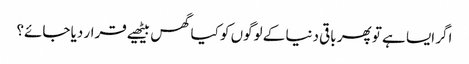
اگر ایسا ہے تو پھر باقی دنیا کے لوگوں کو کیا گھس بیٹھیے قرار دیا جائے؟